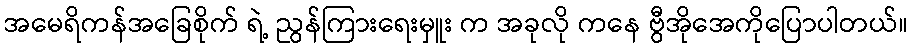
အမေရိကန်အခြေစိုက် ရဲ့ ညွန်ကြားရေးမှူး က အခုလို ကနေ ဗွီအိုအေကိုပြောပါတယ်။